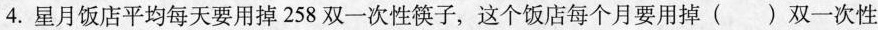
4.星月饭店平均每天要用掉258双一次性筷子，这个饭店每个月要用掉( )双一次性